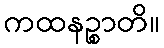
ကထနဉ္စာတိ။